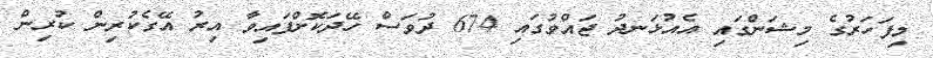
މިފަހަރުގެ މިޝަންގައި އެއުޅަނދު ޖައްވުގައި 674 ދުވަސް ހޭދަކޮށްފައިވާ އިރު އޭގެކުރިން ކުރިން